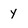
Character: y